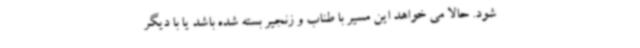
شود. حالا می خواهد این مسیر با طناب و زنجیر بسته شده باشد یا با دیگر